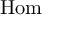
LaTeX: \operatorname { H o m }